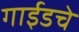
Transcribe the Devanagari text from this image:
गाईडचे